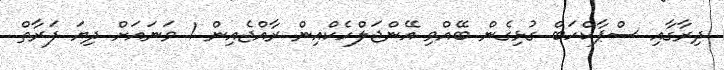
ދިރާގާއި ސްޕާކްހަބް ގުޅިގެން ބޭއްވި އޭންޖަލްހެކްއިން ރާއްޖެއިން 1 ވަނައަށް ދިޔަ ފަރާތް